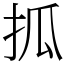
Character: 㧓